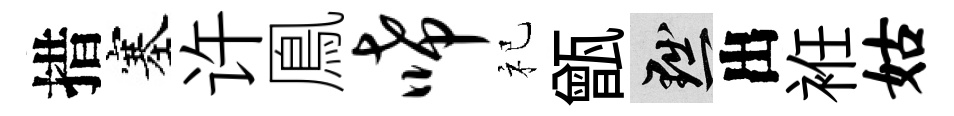
措塞许鳯唏祀甑黜出袵姑